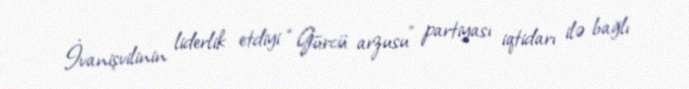
İvanişvilinin liderlik etdiyi “Gürcü arzusu” partiyası iqtidarı ilə bağlı